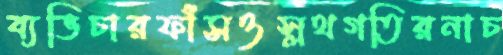
ব্যভিচারফাঁসওস্লথগতিরনাচ